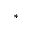
^ \ast